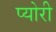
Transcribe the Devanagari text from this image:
प्योरी